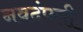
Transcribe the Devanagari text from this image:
नवदंपती